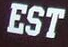
EST